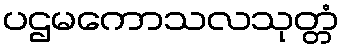
ပဌမကောသလသုတ္တံ